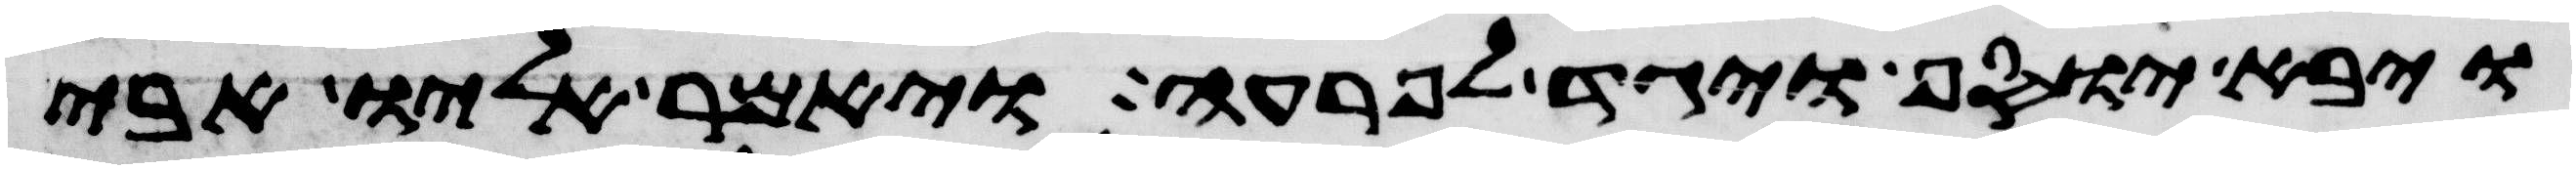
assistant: ויבא יוסף ויגד לפרעה ויאמר אליו אבי